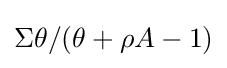
\Sigma \theta /(\theta +\rho A-1)